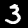
Label: 3